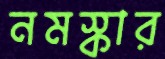
নমস্কার